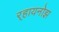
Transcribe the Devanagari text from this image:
र्‍हायनोझ